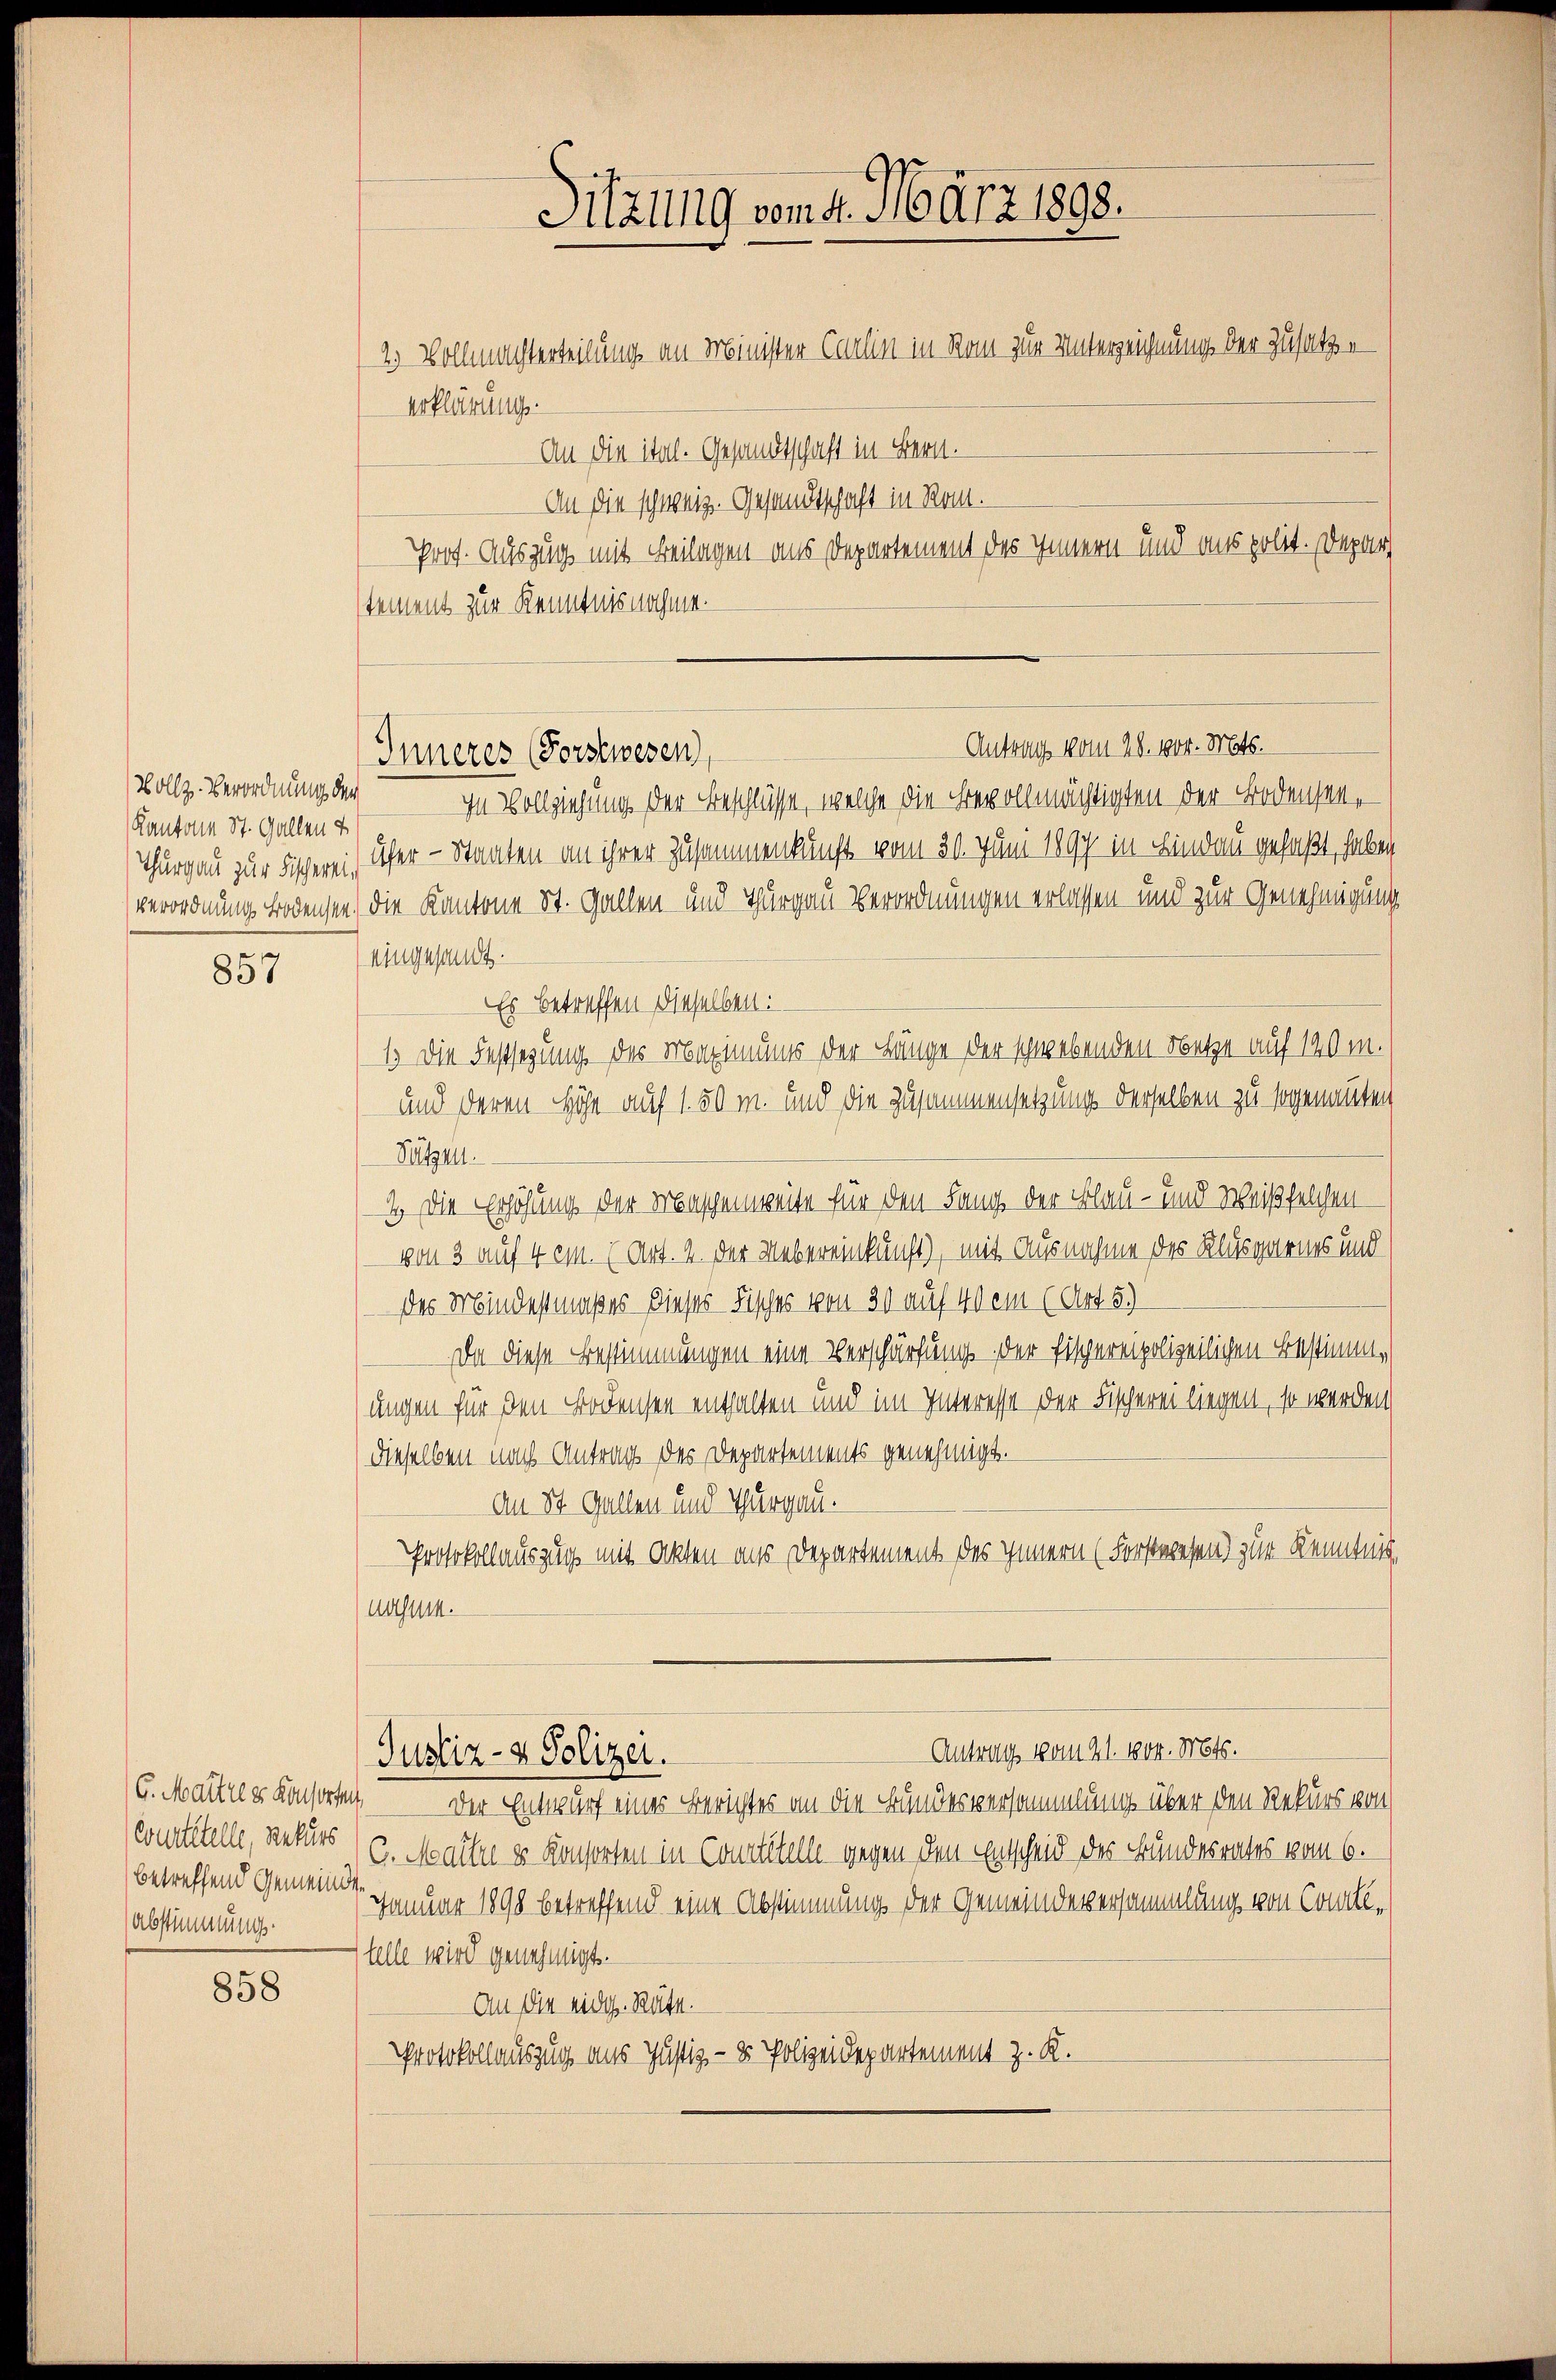
Vollz. Verordnung der
Kantone St. Gallen v

857

G. Martels Konsorten
Curtitelle, Rekurs
betreffend Gemeinden
Abstimmung.

858

2.) Vollmachterteilung an Minister Carlin in Rom zur Unterzeichnung der Zusatze
erklärung.
An die ital. Gesandtschaft in Bern.
An die schweiz. Gesandtschaft in Rom.
Prot. Auszug mit Beilagen aus Departement des Innern und aus polit. Depar
stement zur Kenntnis nahme.
Inneres (Forstwesen,
In Vollziehung der Beschlüsse, welche die Bevollmächtigten der Bodensen,
Thurgau zur Fischerei Ufer - Staaten an ihrer Zusammenkunft vom 30. Juni 1897 in Lindau gefaßt, haben
verordnung Bodensee, die Kantone St. Gallen und Thurgau verordnungen erlassen und zur Genehmigung
eingesandt.
Es betreffen dieselben:
1. Die Festsezung des Maximums der Länge der schwebenden Netze auf 140 m.
und deren Höhe auf 1.50 m. und die Zusammensetzung derselben zu sogenannten
Sutzen.
2. Die Erhöhung der Maschenweite für den Fang der Flau- und Weißfelchen
von 3 auf 4 ein. (Art. 2 der Uebereinkunft), mit Ausnahme des Klusgarnes und
des Mindestmaßes dieses Fisches von 30 auf 40 em (Art. 5.)
Da diese Bestimmungen eine Verschürfung der Fischereipolizeilichen Bestimme
ungen für den Bodensen enthalten und im Interesse der Fischerei liegen, so werden
dieselben nach Antrag des Departements genehmigt.
An St. Gallen und Thurgau.
Protokollauszug mit Akten aus Departement des Innern (Forstwesen zur Kenntnis
nahme.

Justiz- & Polizei.

Sitzung vom 4. März 1898.

Antrag vom 28. vor. Mts.

Antrag vom 21. 1804. Mts.

Der Entwurf eines Berichtes an die Bundesversammlung über den Rekurs von
C. Maitre es Konsorten in Contitelle gegen den Entscheid des Bundesrates vom 6.
Januar 1898 betreffend eine Abstimmung der Gemeindeversammlung von Collstelle wird genehmigt.
An die eidg. Räte.
Protokollauszug aus Justiz- & Polizeidepartement z. R.